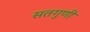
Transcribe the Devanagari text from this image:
सतगुणी